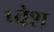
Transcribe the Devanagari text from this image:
प्वेश